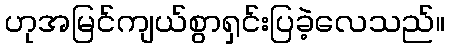
ဟုအမြင်ကျယ်စွာရှင်းပြခဲ့လေသည်။